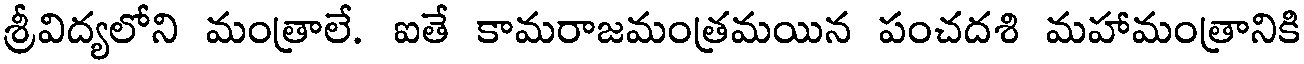
శ్రీవిద్యలోని మంత్రాలే. ఐతే కామరాజమంత్రమయిన పంచదశి మహామంత్రానికి